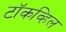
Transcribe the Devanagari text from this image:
टॉकव्हिल